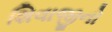
શિવાજીનો